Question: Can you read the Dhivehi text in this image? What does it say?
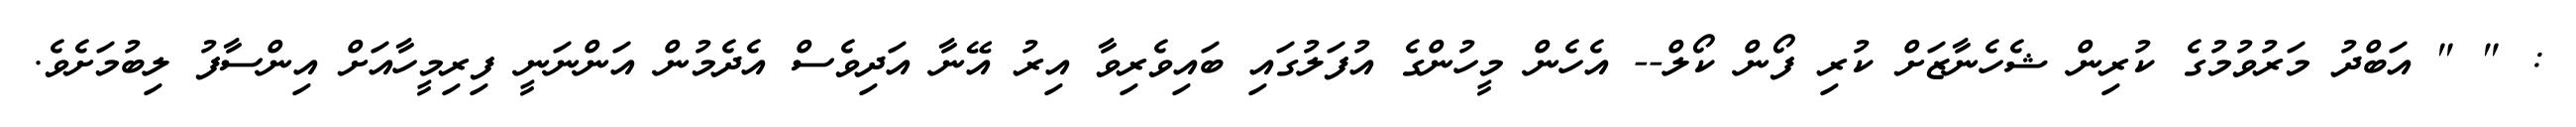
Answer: : " " އަބްދު މަރުވުމުގެ ކުރިން ޝެހެނާޒަށް ކުރި ފޯން ކޯލް-- އެހެން މީހުންގެ އުފަލުގައި ބައިވެރިވާ އިރު އޭނާ އަދިވެސް އެދެމުން އަންނަނީ ފިރިމީހާއަށް އިންސާފު ލިބުމަށެވެ.